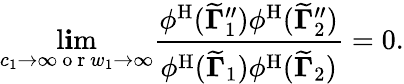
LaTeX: \operatorname*{l\mathbf{i}m}_{c_{1}\to\infty\mathrm{{~o~r~}}w_{1}\to\infty}\frac{{\phi^{\mathrm{{H}}}({\widetilde{{\mathbf{{\Gamma}}}}}_{1}^{\prime\prime})\phi^{\mathrm{{H}}}({\widetilde{{\mathbf{{\Gamma}}}}}_{2}^{\prime\prime})}}{{\phi^{\mathrm{{H}}}({\widetilde{{\mathbf{{\Gamma}}}}}_{1})\phi^{\mathrm{{H}}}({\widetilde{{\mathbf{{\Gamma}}}}}_{2})}}=0.